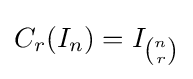
C_{r}(I_{n})=I_{\binom {n}{r}}